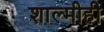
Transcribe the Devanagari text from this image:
शाल्मीही